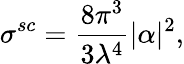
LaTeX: \sigma^{sc}=\frac{8\pi^{3}}{3\lambda^{4}}|\alpha|^{2},